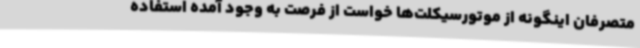
متصرفان اینگونه از موتورسیکلت‌ها خواست از فرصت به وجود آمده استفاده